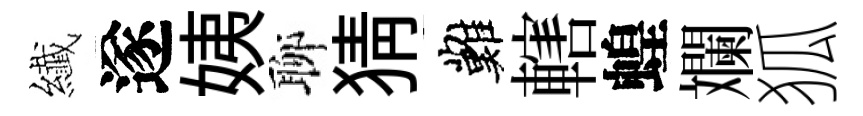
纎遂姨聊猜難轄蝗斕狐